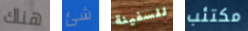
هناك شئ للسفينة مكتئب